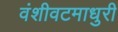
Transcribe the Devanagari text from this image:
वंशीवटमाधुरी